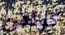
كولدن